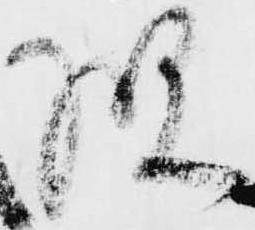
様